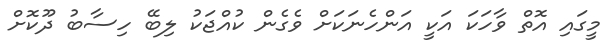
މީގައި އޮތް ވާހަކަ އަކީ އަންހެނަކަށް ވެގެން ކުއްޖަކު ލިބޭ ހިސާބު ދޫކޮށް